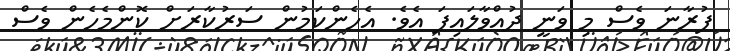
ފުރާނަ ވެސް މި ވަނީ ދުއްވާލައިފަ އެވެ. އެހެންކަމުން ސަރުކާރަށް ކޮންމެހެން ވެސް